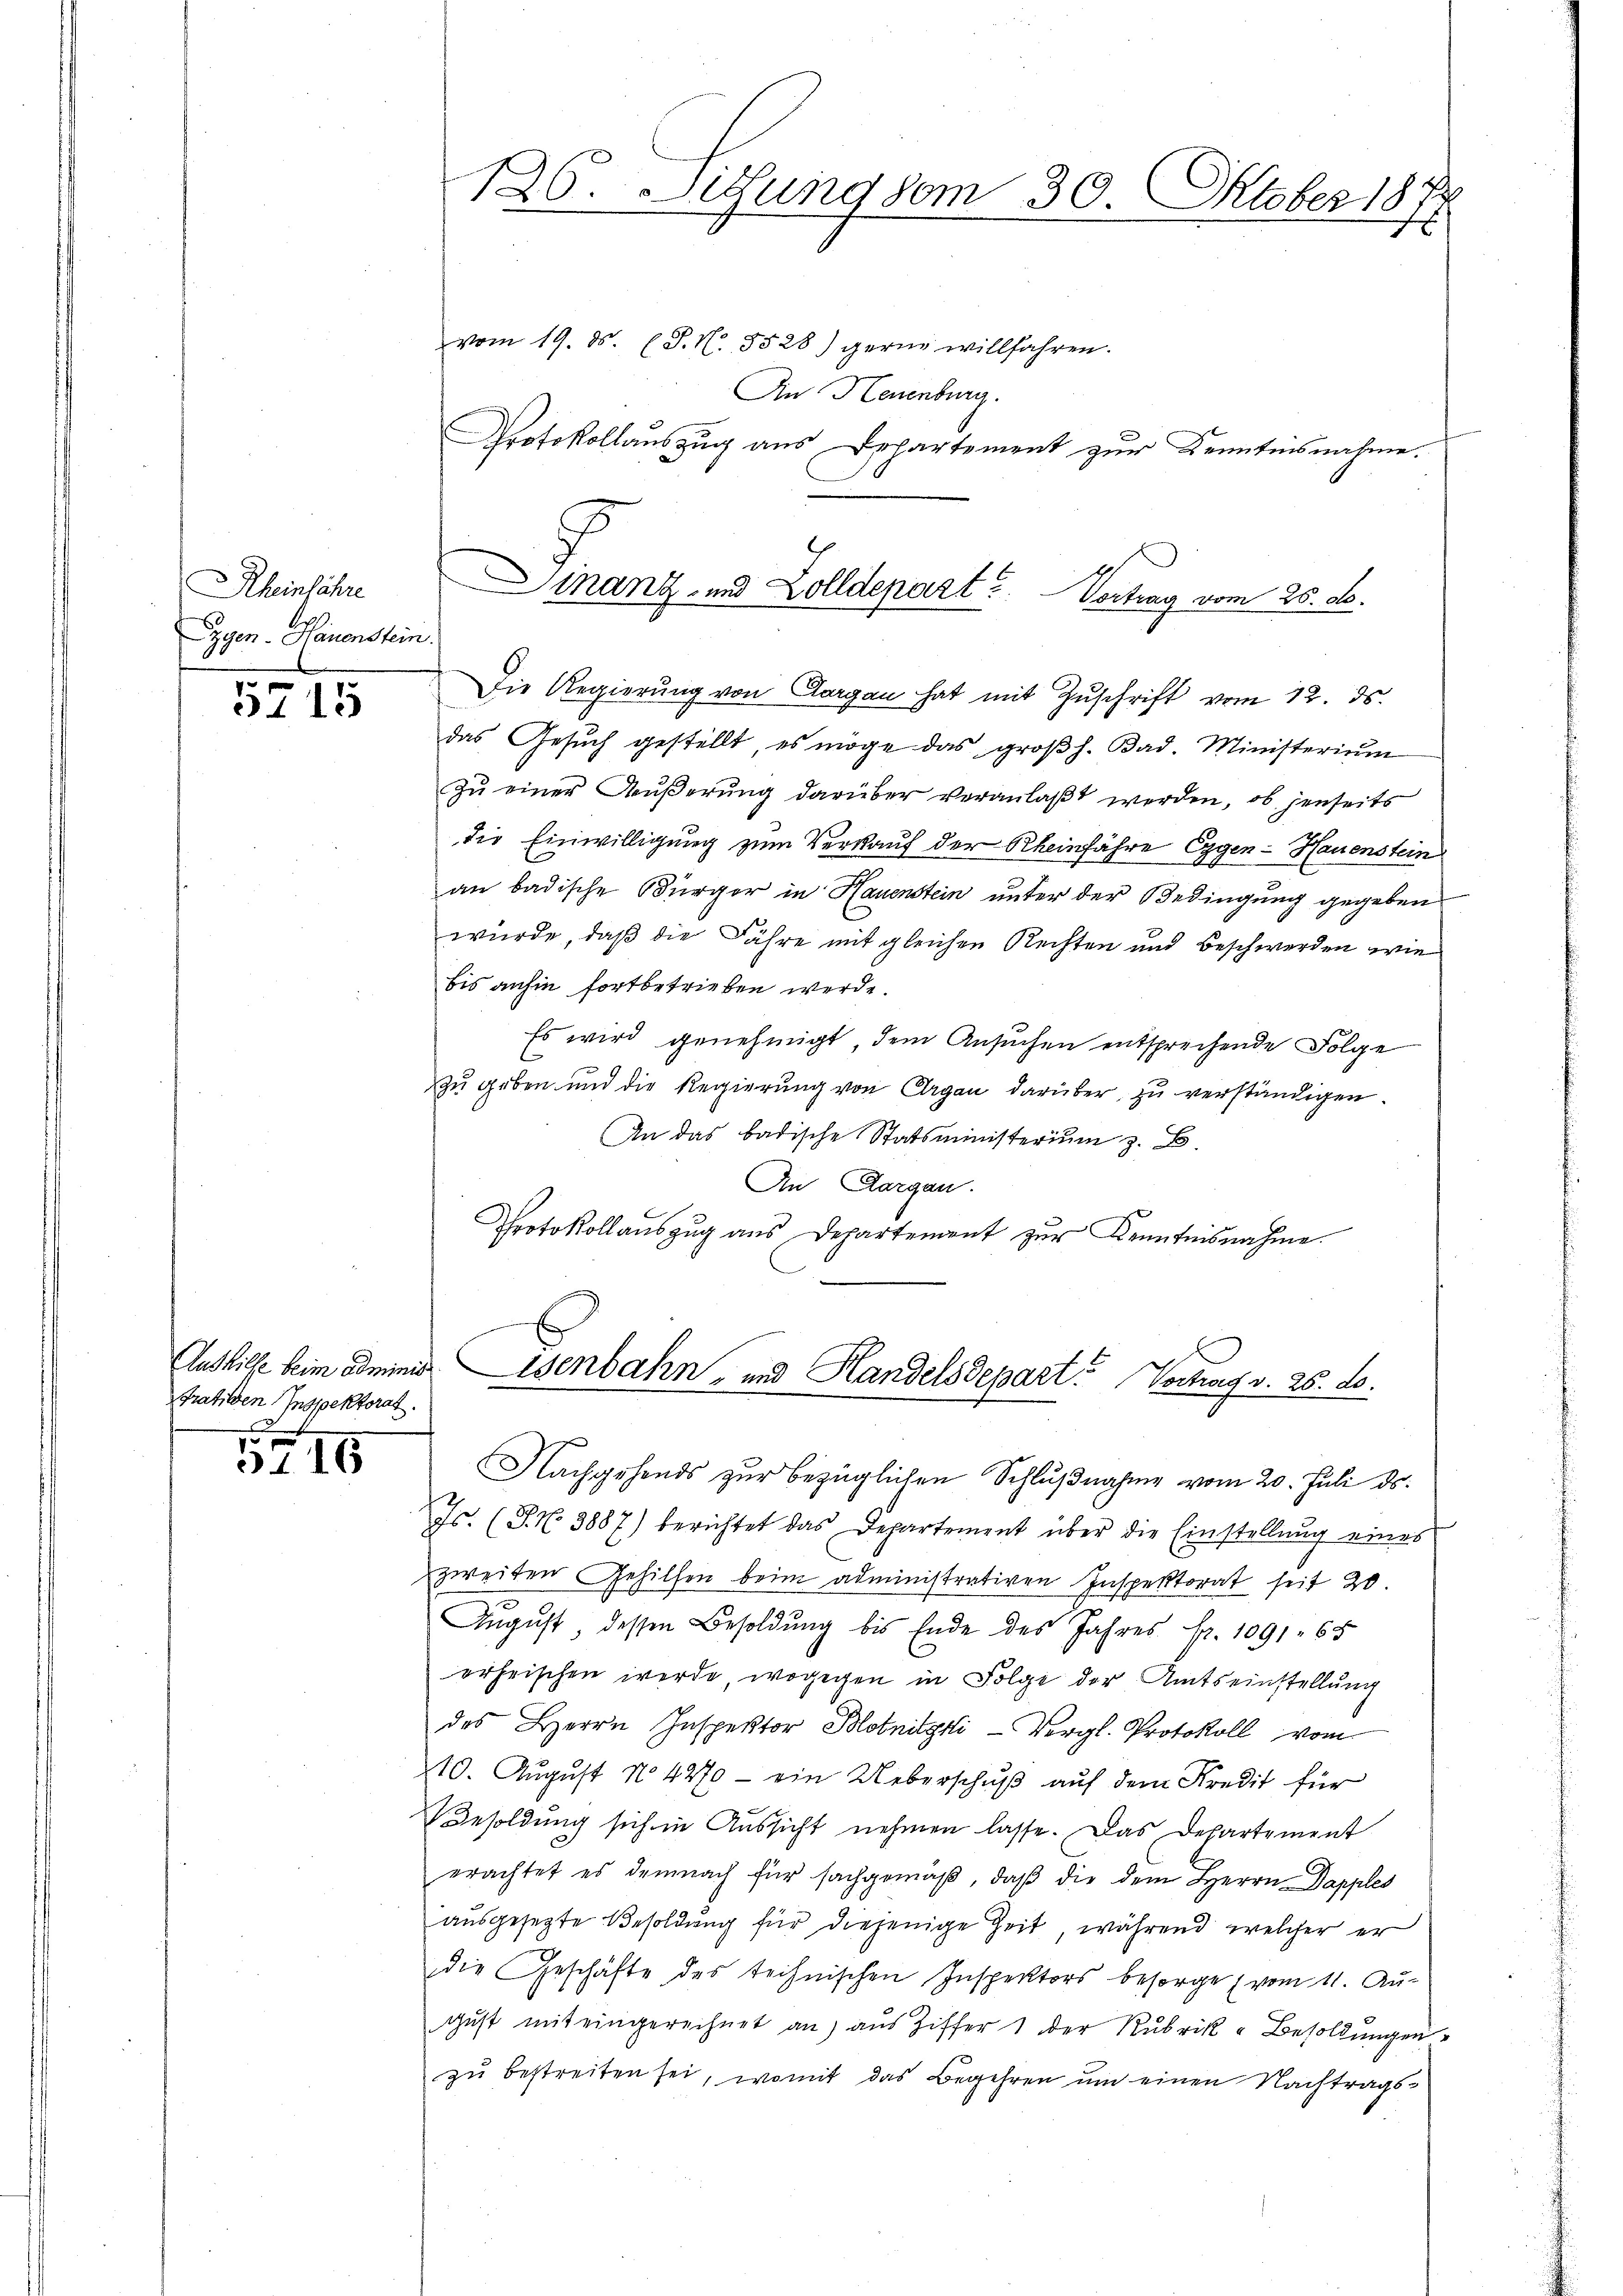
Rheinfahre
Zgen-Hauenstein.

5715

tratilden Inspektorat.
d

3116

126. Sitzung vom 30. Oktober 1871

vom 19. ds. (T. N. 5528) gerne willfahren.
An Neuenburg.
Protokollauszug aus Departement zur Kenntnisnahme.

Die Regierung von Aargau hat mit Zŭschrift vom 12. ds.
das Gesŭch gestellt, es möge das groβh. Bad. Ministerium
zŭ einer Aŭβerŭng darüber veranlaßt werden, ob jenseits
die Einwilligung zum Verkauf der Rheinfahre Eggen-Hauenstein
an badische Bürger in Hauenstein unter der Bedingung gegeben
würde, daß die Jahre mit gleichen Rechten und Beschwerden wie
bis anhin fortbetrieben werde.
Es wird genehmigt, dem Ansuchen entsprechende Folge
zu geben und die Regierŭng von Aargau darüber zu verständigen.
An das badische Statsministerium z. B.
An Aargau.
Protokollauszug aus Departement zur Kenntnisnahme.
Nachgehends zur bezüglichen Schlŭβnahme vom 20. Juli ds.
Js. (T. N. 3887) berichtet das Departement über die Einstellung eines
zweiten Gehilfen beim administrativen Inspektorat seit 20
August, dessen Besoldung bis Ende des Jahres Fr. 1091. 65
erheischen werde, wogegen in Folge der Amtseinstellung
des Herrn Inspektor Blotnitzki- Vergl. Protokoll vom
10. August No 4270 - ein Ueberschuß auf dem Kredit für
Besoldung sich in Aussicht nehmen lasse. Das Departement
erachtet es demnach für sachgemäβ, daβ die dem Herrn Dapples
ausgesetzte Besoldung für diejenige Zeit während welcher er
die Geschäfte des technischen Inspektors besorge (vom 11. Augŭst mit eingerechnet an, aŭs Ziffer 1 der Rubrik - Besoldŭngen
zu bestreiten sei, womit das Begehren um einen Nachtrags¬

Dinanz- und Zolldepart? Vortrag vom 26. ds.

Aushilfe beim Adminis isenbahn- und Handelsdepart? Vortrag v. 26. ds.